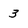
Character: 3